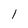
Character: I